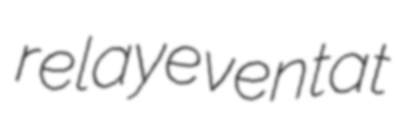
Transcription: relay event at